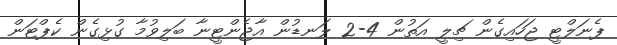
ޕެނަލްޓީ ޖަހައިގެން ޗިލީ އަތުން 4-2 ލަނޑުން އާޖެންޓީނާ ބަލިވުމާ ގުޅިގެން ކެޕްޓަން